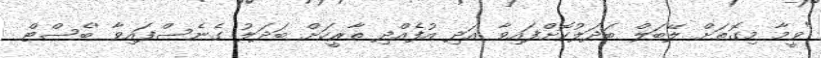
"ވީމާ މިގޮތަށް ލޭބަލް ބަދަލުކޮށްފައިވާ އަދި އުފެއްދި ތާރީހަށް ބަދަލު ގެނެސްފައިވާ 'ބެސްޓް